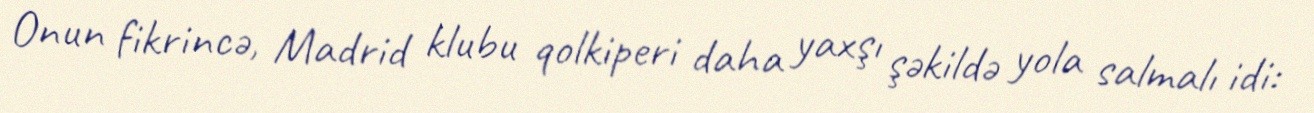
Onun fikrincə, Madrid klubu qolkiperi daha yaxşı şəkildə yola salmalı idi: